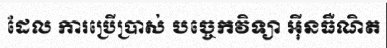
ដែល ការប្រើប្រាស់ បច្ចេកវិទ្យា អ៊ីនធឺណិត